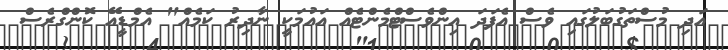
އަދި މުސްތަގުބަލުގައި ވެސް އެފަދަ އިންވެސްޓްމެންޓެއް އައުމަކީ ނާދިރު ކަމެއް" އެމްޑީއޭ ކޮންގްރެސް